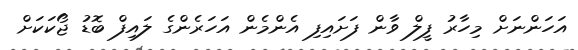
އަހަންނަށް މިހާރު ފީލް ވާން ފަށައިފި އެންމެން އަހަރެންގެ ލައިފް ބޮޑު ޖޯކަކަށް